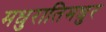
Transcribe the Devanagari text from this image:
मधुरातिमधुर